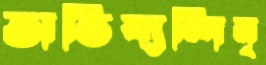
অভিষ্যন্দিন্